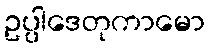
ဥပ္ပါဒေတုကာမော